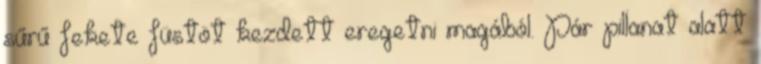
sűrű fekete füstöt kezdett eregetni magából. Pár pillanat alatt